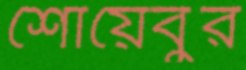
শোয়েবুর